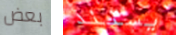
بعض يستند